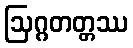
ဩဂ္ဂတတ္တဿ